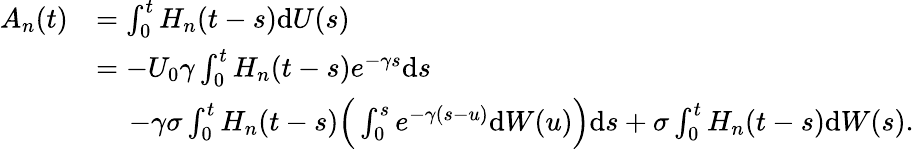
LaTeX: \begin{array}{rl}{A_{n}(t)}&{=\int_{0}^{t}H_{n}(t-s)\mathrm{d}U(s)}\\ &{=-U_{0}\gamma\int_{0}^{t}H_{n}(t-s)e^{-\gamma s}\mathrm{d}s}\\ &{\, \quad-\gamma\sigma\int_{0}^{t}H_{n}(t-s)\Big(\int_{0}^{s}e^{-\gamma(s-u)}\mathrm{d}W(u)\Big)\mathrm{d}s+\sigma\int_{0}^{t}H_{n}(t-s)\mathrm{d}W(s).}\end{array}